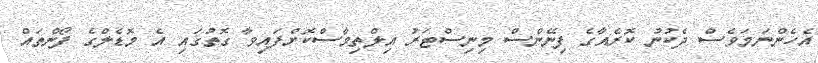
އެހެންނަމަވެސް ދެކުނު ކޮރެއާގެ ފިނޭންސް މިނިސްޓަރު އިލްތިމާސްކޮށްފައިވާ ގޮތުގައި އެ މޮޑެލްގެ ފޯންތައް